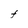
Character: F